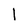
Character: 1